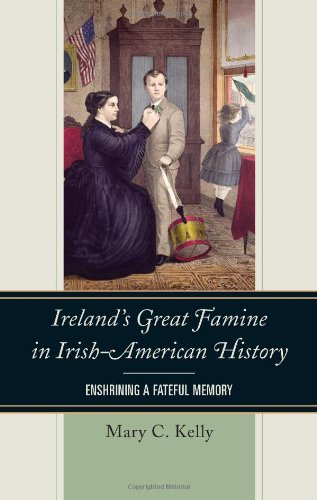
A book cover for Ireland's Great Famine in Irish-American History: Enshrining a Fateful Memory; Mary Kelly; Science & Math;